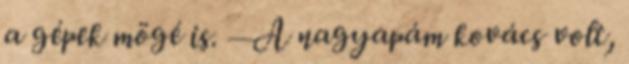
a gépek mögé is. — A nagyapám kovács volt,